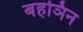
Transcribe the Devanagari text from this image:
बहञिन